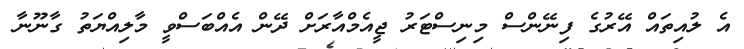
އެ ލުއިތައް އޭރުގެ ފިނޭންސް މިނިސްޓަރު ޖީއެމްއާރަށް ދޭން އެއްބަސްވީ މާލިއްޔަތު ގާނޫނާ